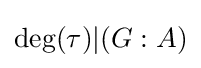
\deg(\tau )|(G:A)